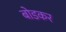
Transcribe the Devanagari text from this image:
बोडकर